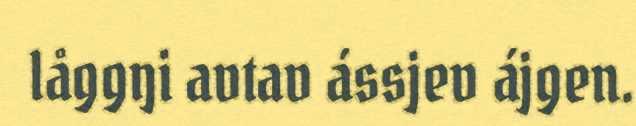
låggŋi avtav ássjev ájgen.